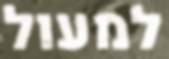
למעול